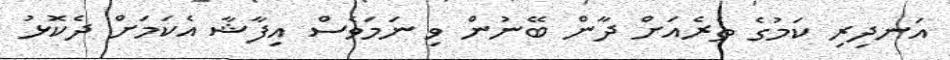
އަނދިރި ކަމުގެ ތެރެއަށް ދާން ބޭނުން ވި ނަމަވެސް އިފާޝާ އެކަމަށް ދެކޮޅު